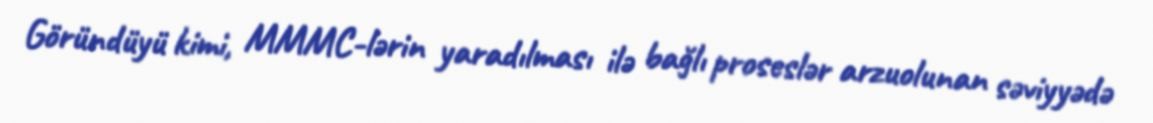
Göründüyü kimi, MMMC-lərin yaradılması ilə bağlı proseslər arzuolunan səviyyədə